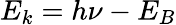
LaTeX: E_{k}=h\nu-E_{B}